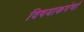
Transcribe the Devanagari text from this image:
विषयाकर्षणों